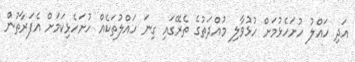
އަދި ހައްލު ހުށަހެޅުމަށް ހުޅުވާލި މުއްދަތުގެ ތެރޭގައި ގިނަ ހައްލުތަކެއް ހުށަހެޅިކަމަށް އެފަރާތުން